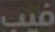
فيب